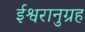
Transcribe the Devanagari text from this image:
ईश्वरानुग्रह